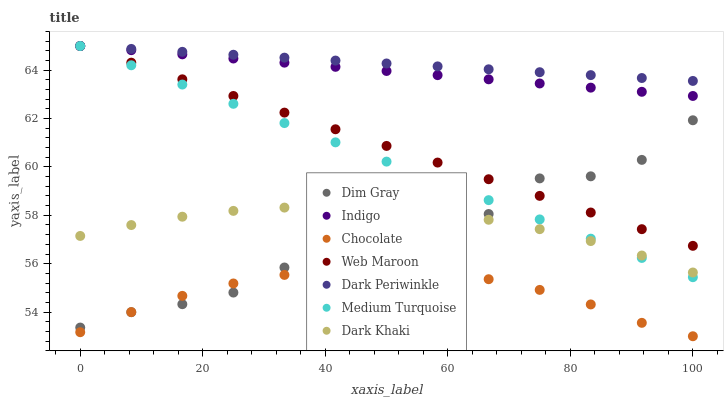
| xaxis_label | Dim Gray | Indigo | Chocolate | Web Maroon | Dark Periwinkle | Medium Turquoise | Dark Khaki |
 | --- | --- | --- | --- | --- | --- | --- | --- |
 | 0 | 53.4 | 65 | 53.2 | 65 | 65 | 65 | 57.1 |
 | 8.33 | 54 | 64.8 | 54 | 64.3 | 64.9 | 64.2 | 57.6 |
 | 16.7 | 54.3 | 64.7 | 54.7 | 63.6 | 64.8 | 63.4 | 57.9 |
 | 25 | 54.8 | 64.5 | 55.2 | 62.9 | 64.6 | 62.6 | 58.2 |
 | 33.3 | 55.8 | 64.3 | 55.5 | 62.2 | 64.5 | 61.8 | 58.3 |
 | 41.7 | 57 | 64.1 | 55.7 | 61.6 | 64.4 | 61 | 58.4 |
 | 50 | 57.8 | 64 | 55.8 | 60.9 | 64.3 | 60.2 | 58.3 |
 | 58.3 | 57.5 | 63.8 | 55.6 | 60.2 | 64.2 | 59.4 | 58.1 |
 | 66.7 | 58.1 | 63.6 | 55.4 | 59.5 | 64 | 58.6 | 57.8 |
 | 75 | 59.5 | 63.5 | 54.9 | 58.8 | 63.9 | 57.8 | 57.4 |
 | 83.3 | 59.6 | 63.3 | 54.3 | 58.1 | 63.8 | 57 | 56.9 |
 | 91.7 | 60.3 | 63.1 | 53.6 | 57.4 | 63.7 | 56.2 | 56.3 |
 | 100 | 61.9 | 62.9 | 53 | 56.7 | 63.6 | 55.4 | 55.6 |